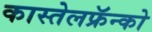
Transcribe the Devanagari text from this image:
कास्तेलफ्रॅन्को